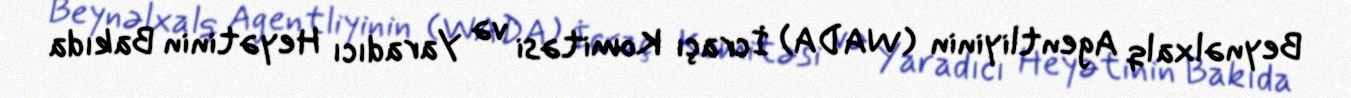
Beynəlxalq Agentliyinin (WADA) İcraçı Komitəsi və Yaradıcı Heyətinin Bakıda